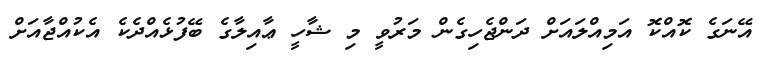
އޭނަގެ ކޮއްކޮ އަމިއްލައަށް ދަންޖެހިގެން މަރުވީ މި ޝާހީ ޢާއިލާގެ ބޭފުޅެއްދެކެ އެކުއްޖާއަށް